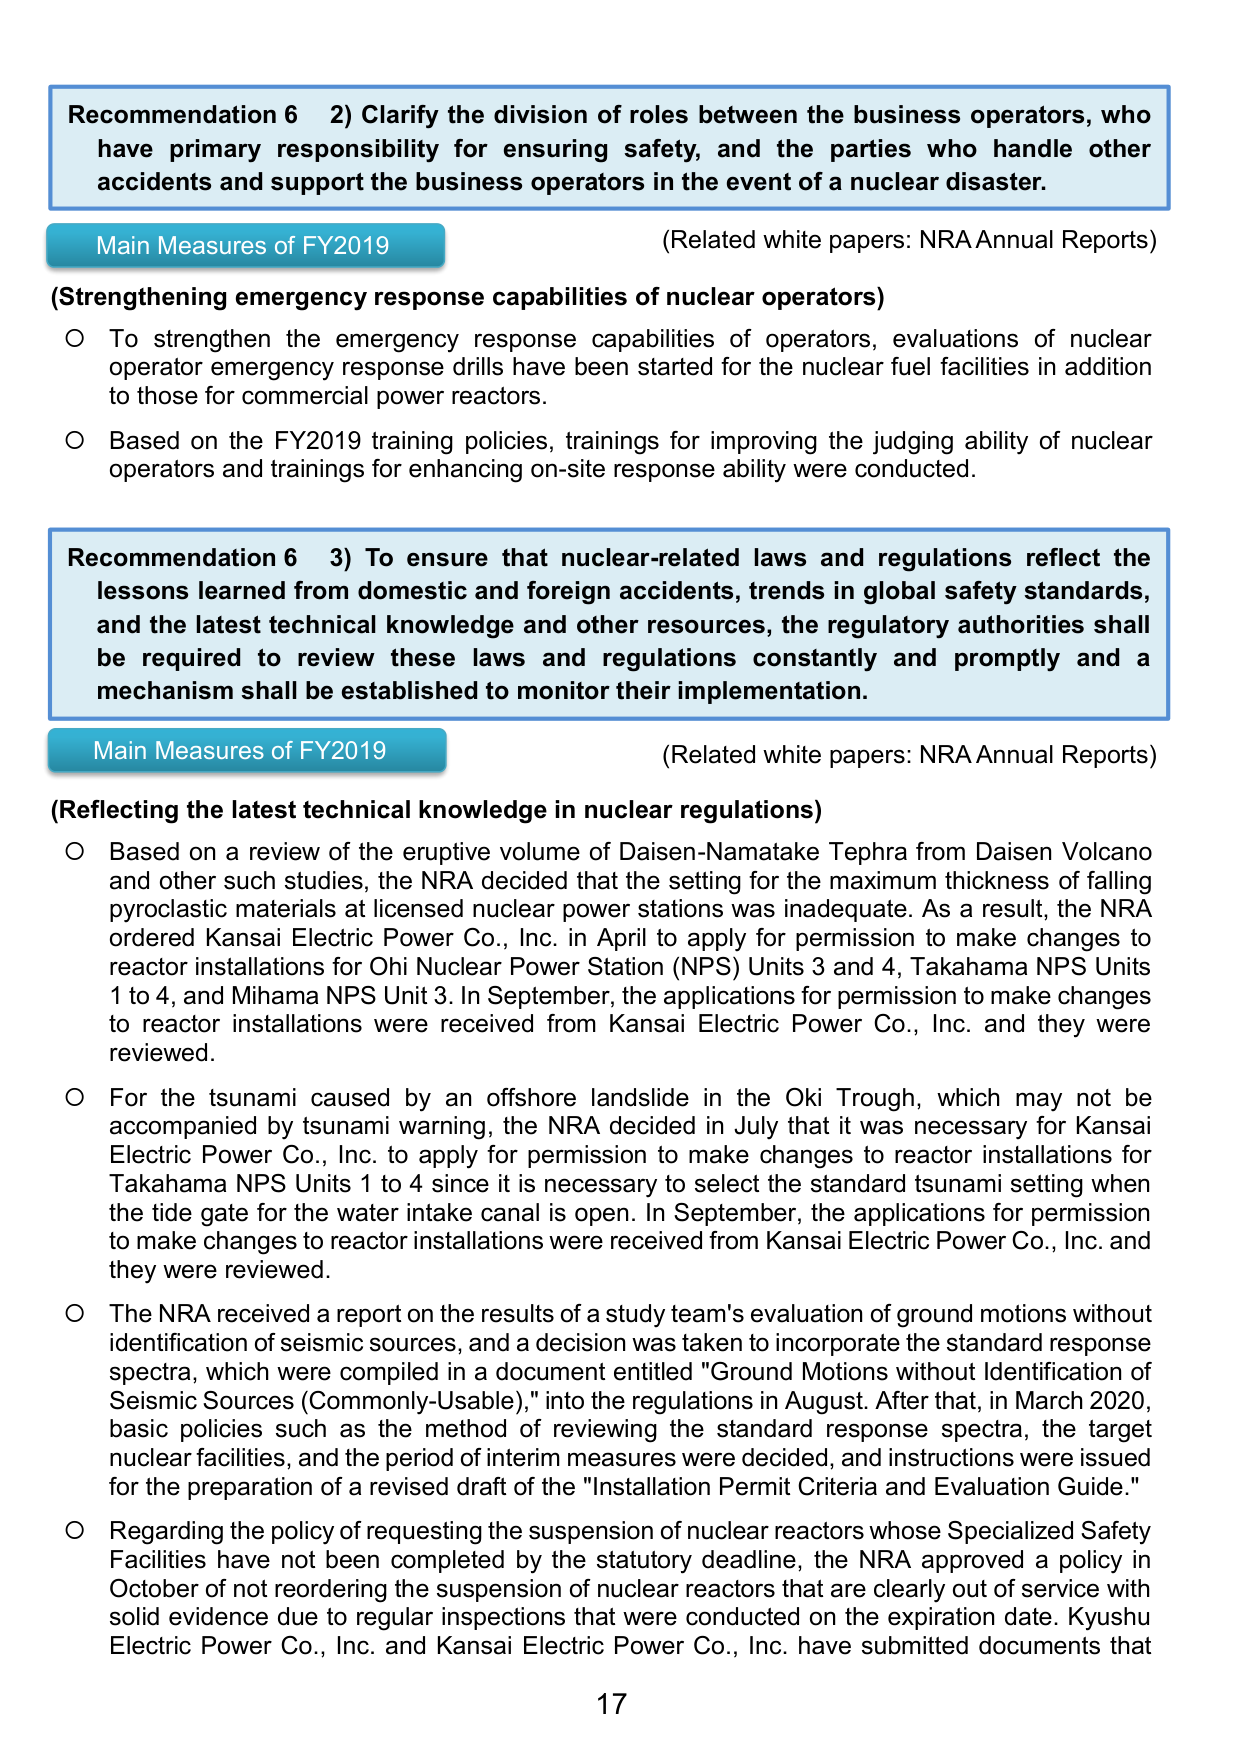
Recommendation 6 2) Clarify the division of roles between the business operators, who have primary responsibility for ensuring safety, and the parties who handle other accidents and support the business operators in the event of a nuclear disaster.

Main Measures of FY2019
(Strengthening emergency response capabilities of nuclear operators)
○ To strengthen the emergency response capabilities of operators, evaluations of nuclear operator emergency response drills have been started for the nuclear fuel facilities in addition to those for commercial power reactors.
○ Based on the FY2019 training policies, trainings for improving the judging ability of nuclear operators and trainings for enhancing on-site response ability were conducted.

(Related white papers: NRA Annual Reports)

Recommendation 6 3) To ensure that nuclear-related laws and regulations reflect the lessons learned from domestic and foreign accidents, trends in global safety standards, and the latest technical knowledge and other resources, the regulatory authorities shall be required to review these laws and regulations constantly and promptly and a mechanism shall be established to monitor their implementation.

Main Measures of FY2019
(Reflecting the latest technical knowledge in nuclear regulations)
○ Based on a review of the eruptive volume of Daisen-Namateke Tephra from Daisen Volcano and other such studies, the NRA decided that the setting for the maximum thickness of falling pyroclastic materials at licensed nuclear power stations was inadequate. As a result, the NRA ordered Kansai Electric Power Co., Inc. in April to apply for permission to make changes to reactor installations for Ohi Nuclear Power Station (NPS) Units 3 and 4, Takahama NPS Units 1 to 4, and Mihama NPS Unit 3. In September, the applications for permission to make changes to reactor installations were received from Kansai Electric Power Co., Inc. and they were reviewed.
○ For the tsunami caused by an offshore landslide in the Oki Trough, which may not be accompanied by tsunami warning, the NRA decided in July that it was necessary for Kansai Electric Power Co., Inc. to apply for permission to make changes to reactor installations for Takahama NPS Units 1 to 4 since it is necessary to select the standard tsunami setting when the tide gate for the water intake canal is open. In September, the applications for permission to make changes to reactor installations were received from Kansai Electric Power Co., Inc. and they were reviewed.
○ The NRA received a report on the results of a study team's evaluation of ground motions without identification of seismic sources, and a decision was taken to incorporate the standard response spectra, which were compiled in a document entitled "Ground Motions without Identification of Seismic Sources (Commonly-Usable)," into the regulations in August. After that, in March 2020, basic policies such as the method of reviewing the standard response spectra, the target nuclear facilities, and the period of interim measures were decided, and instructions were issued for the preparation of a revised draft of the "Installation Permit Criteria and Evaluation Guide."
○ Regarding the policy of requesting the suspension of nuclear reactors whose Specialized Safety Facilities have not been completed by the statutory deadline, the NRA approved a policy in October of not reordering the suspension of nuclear reactors that are clearly out of service with solid evidence due to regular inspections that were conducted on the expiration date. Kyushu Electric Power Co., Inc. and Kansai Electric Power Co., Inc. have submitted documents that

(Related white papers: NRA Annual Reports)

17